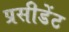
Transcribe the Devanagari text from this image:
प्रसीडेंट